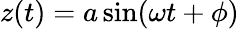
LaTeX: z(t)=a\sin(\omega t+\phi)